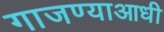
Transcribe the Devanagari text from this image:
गाजण्याआधी